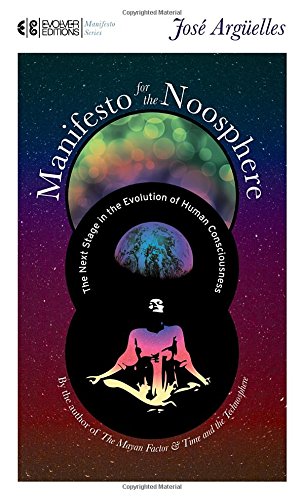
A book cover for Manifesto for the Noosphere: The Next Stage in the Evolution of Human Consciousness (Manifesto Series); Jose Arguelles; Religion & Spirituality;